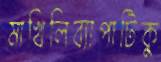
মাখিলিব্যাপাটিকু